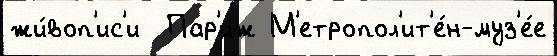
жи́воп'ис'и  Пар'и́ж М'етропол'ит'е́н-муз'е́е